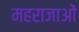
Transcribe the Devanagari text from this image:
महराजाओं